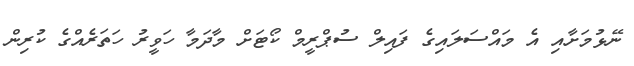
ނޭޅުމަށާއި އެ މައްސަލައިގެ ފައިލް ސުޕްރީމް ކޯޓަށް މާދަމާ ހަވީރު ހަތަރެއްގެ ކުރިން